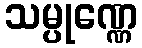
သမ္ပုဏ္ဏေ